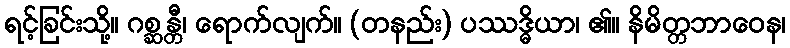
ရင့်ခြင်းသို့။ ဂစ္ဆန္တီ၊ ရောက်လျက်။ (တနည်း) ပဿဒ္ဓိယာ၊ ၏။ နိမိတ္တဘာဝေန၊